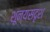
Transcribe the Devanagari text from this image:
शून्यसदृश